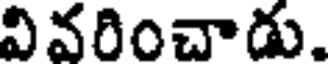
వివరించాడు.